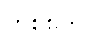
တစ်စုက